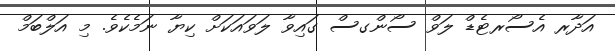
އަދާރ އެސޯރޓެޑް ލަވް ސޯންގސް ގައިވާ ލަވައަކަށް ކިޔާ ނަމެކެވެ. މި އަލްބަމް